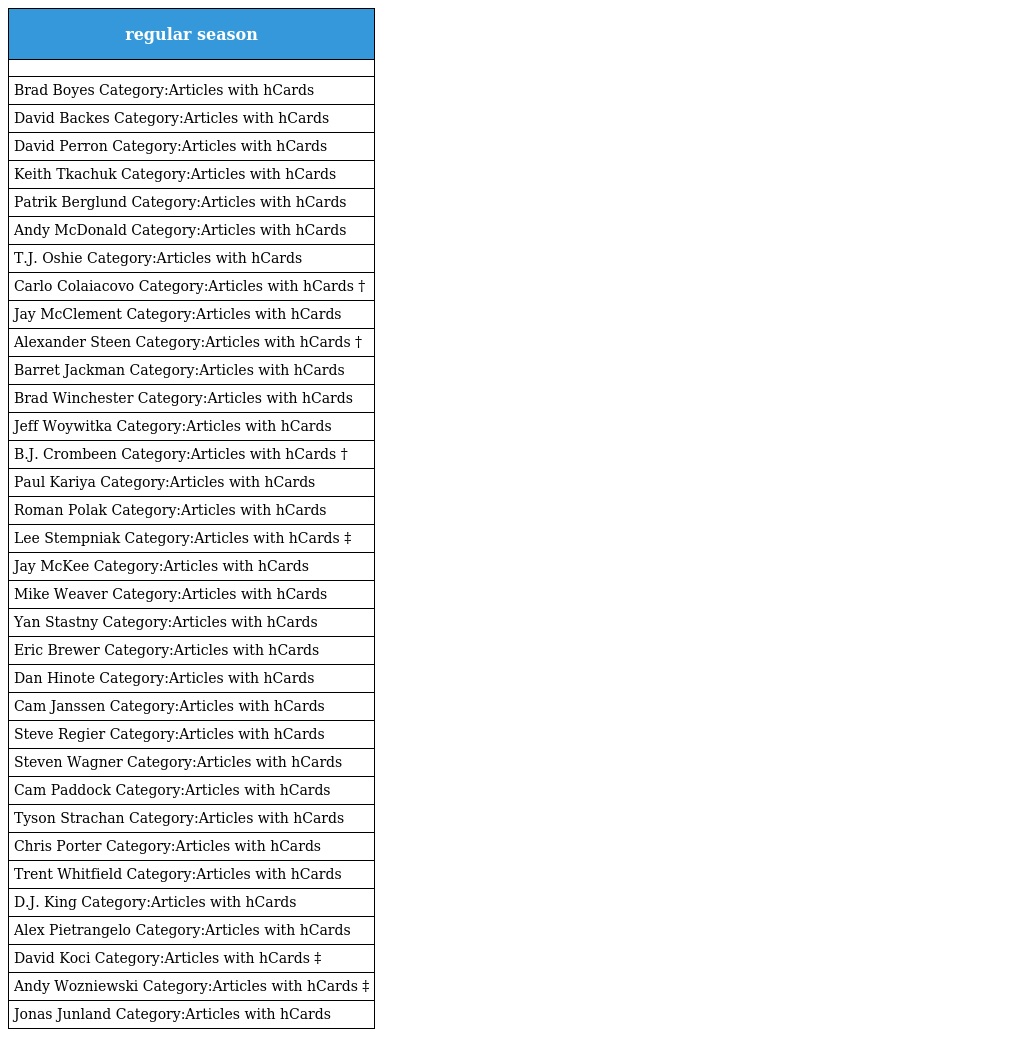
| regular season |
 | --- |
 |  |
 | Brad Boyes Category:Articles with hCards |
 | David Backes Category:Articles with hCards |
 | David Perron Category:Articles with hCards |
 | Keith Tkachuk Category:Articles with hCards |
 | Patrik Berglund Category:Articles with hCards |
 | Andy McDonald Category:Articles with hCards |
 | T.J. Oshie Category:Articles with hCards |
 | Carlo Colaiacovo Category:Articles with hCards † |
 | Jay McClement Category:Articles with hCards |
 | Alexander Steen Category:Articles with hCards † |
 | Barret Jackman Category:Articles with hCards |
 | Brad Winchester Category:Articles with hCards |
 | Jeff Woywitka Category:Articles with hCards |
 | B.J. Crombeen Category:Articles with hCards † |
 | Paul Kariya Category:Articles with hCards |
 | Roman Polak Category:Articles with hCards |
 | Lee Stempniak Category:Articles with hCards ‡ |
 | Jay McKee Category:Articles with hCards |
 | Mike Weaver Category:Articles with hCards |
 | Yan Stastny Category:Articles with hCards |
 | Eric Brewer Category:Articles with hCards |
 | Dan Hinote Category:Articles with hCards |
 | Cam Janssen Category:Articles with hCards |
 | Steve Regier Category:Articles with hCards |
 | Steven Wagner Category:Articles with hCards |
 | Cam Paddock Category:Articles with hCards |
 | Tyson Strachan Category:Articles with hCards |
 | Chris Porter Category:Articles with hCards |
 | Trent Whitfield Category:Articles with hCards |
 | D.J. King Category:Articles with hCards |
 | Alex Pietrangelo Category:Articles with hCards |
 | David Koci Category:Articles with hCards ‡ |
 | Andy Wozniewski Category:Articles with hCards ‡ |
 | Jonas Junland Category:Articles with hCards |